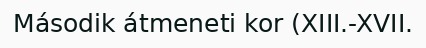
Második átmeneti kor (XIII.-XVII.